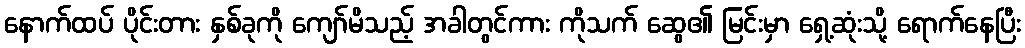
နောက်ထပ် ပိုင်းတား နှစ်ခုကို ကျော်မိသည့် အခါတွင်ကား ကိုသက် ဆွေ၏ မြင်းမှာ ရှေ့ဆုံးသို့ ရောက်နေပြီး